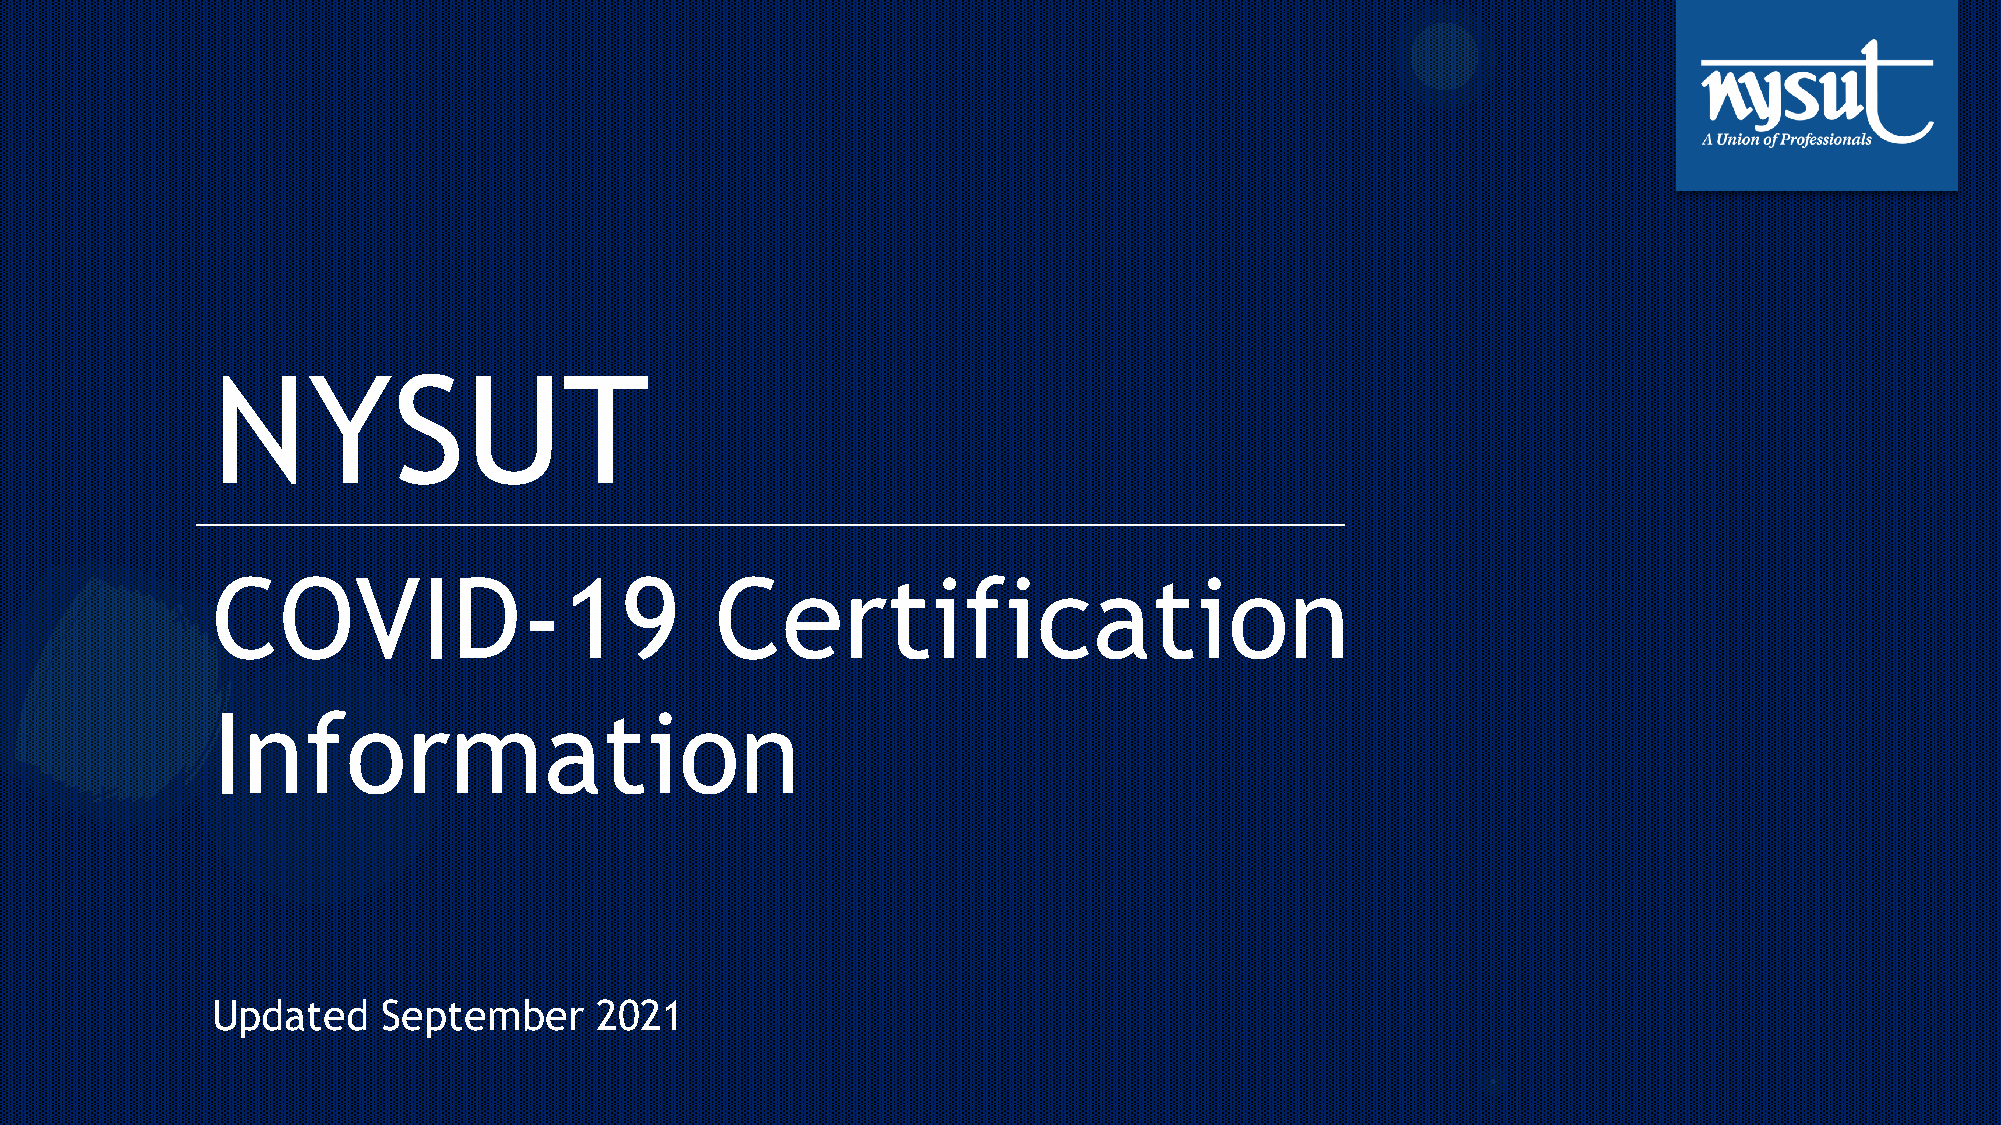
NYSUT
 COVID-19                         Certification
 Information
 Updated    September     2021